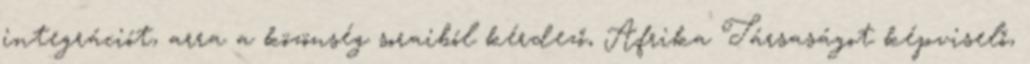
integrációt, arra a közönség soraiból kérdező, Afrika Társaságot képviselő,